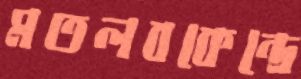
মতলবকেন্দ্রে